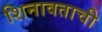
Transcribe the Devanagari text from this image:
शिनावताची